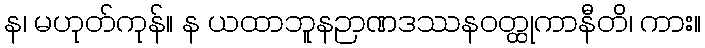
န၊ မဟုတ်ကုန်။ န ယထာဘူနဉာဏဒဿနဝတ္ထုကာနီတိ၊ ကား။